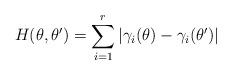
LaTeX: \begin{align*}H(\theta,\theta')=\sum_{i=1}^r|\gamma_i(\theta)-\gamma_i(\theta')|\end{align*}